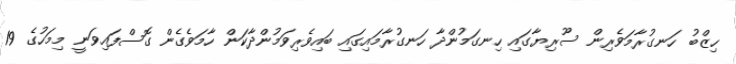
ހިޒްބު ހަނގުރާމަވެރިން ސޫރިޔާގައި ހިނގަމުންދާ ހަނގުރާމައިގައި ބައިވެރިވަމުންދާކަން ހާމަވެގެން ގޮސްފައިވަނީ މިމަހުގެ 19